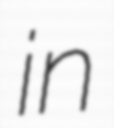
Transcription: in